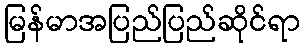
မြန်မာအပြည်ပြည်ဆိုင်ရာ